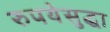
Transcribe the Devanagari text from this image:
रुपयेसुद्धा